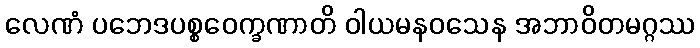
လေဏံ ပဘေဒပစ္စဝေက္ခဏာတိ ဝါယမနဝသေန အဘာဝိတမဂ္ဂဿ